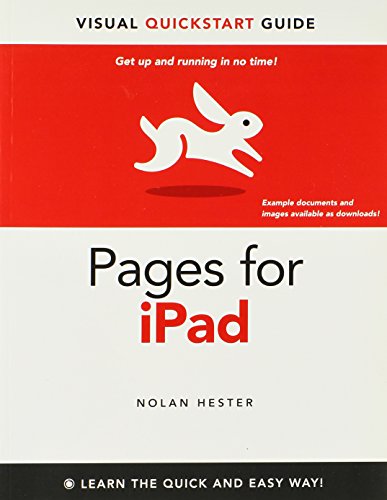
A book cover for Pages for iPad: Visual QuickStart Guide; Nolan Hester; Computers & Technology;